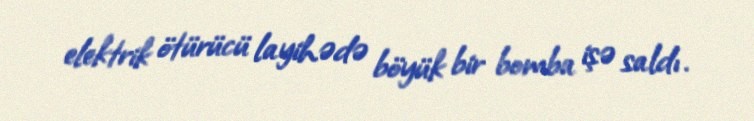
elektrik ötürücü layihədə böyük bir bomba işə saldı.